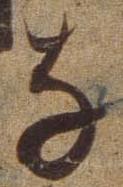
な